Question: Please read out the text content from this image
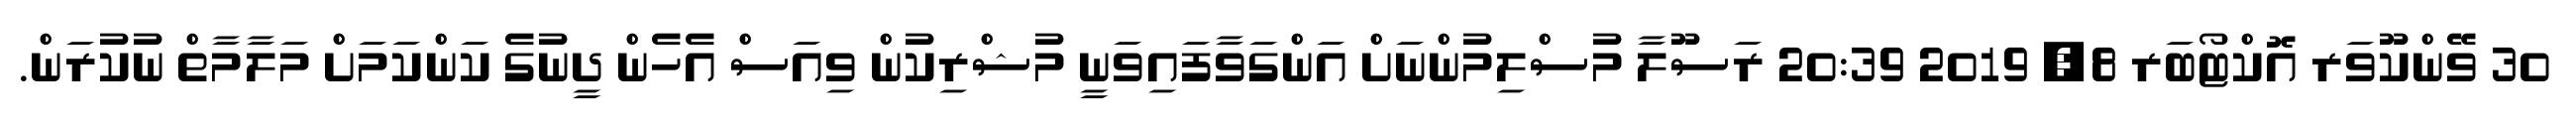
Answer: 30 ވޭންކޫވަރ އޮކްޓޯބަރ 8, 2019 20:39 ރަސޫލާ މުސްލިމުންނަށް އަންގަވާފައިވަނީ މުޝްރިކުން ވިއަސް އެހެން ދީނުގެ ކަންކަމަށް މަލާމާތް ނުކުރަން.